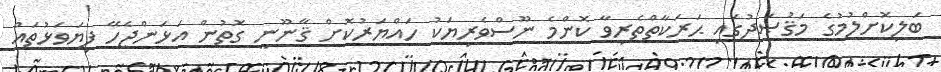
ބަލިކޮށްލުމުގެ މަޤުޞަދުގައި ޙަރަކާތްތެރިވާ ކޮންމެ ނޫސްވެރިޔަކު ހައްޔަރުކޮށް ޤާނޫނީ ގޮތުން އަޅަންޖެހޭ ފިޔަވަޅުތައް